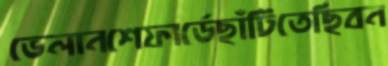
ভেলানশেফার্ডেছাঁটিতেছিবন